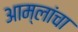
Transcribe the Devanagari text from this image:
आम्लांचा